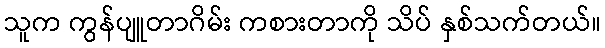
သူက ကွန်ပျူတာဂိမ်း ကစားတာကို သိပ် နှစ်သက်တယ်။